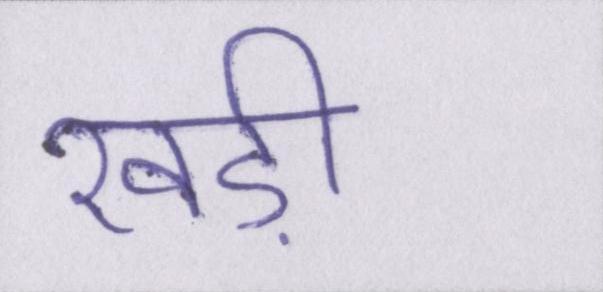
खड़ी